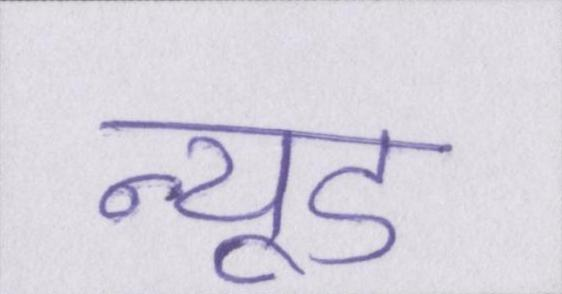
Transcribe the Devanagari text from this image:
न्यूड